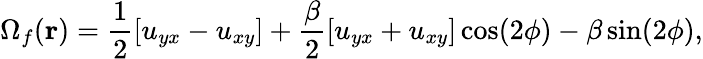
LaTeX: \Omega_{f}(\mathbf r)=\frac{1}{2}[u_{yx}-u_{xy}]+\frac{\beta}{2}[u_{yx}+u_{xy}]\cos(2\phi)-\beta\sin(2\phi),